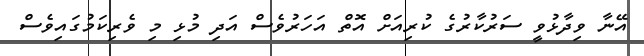
އޭނާ ވިދާޅުވީ ސަރުކާރުގެ ކުރިއަށް އޮތް އަހަރުވެސް އަދި މުޅި މި ވެރިކަމުގައިވެސް